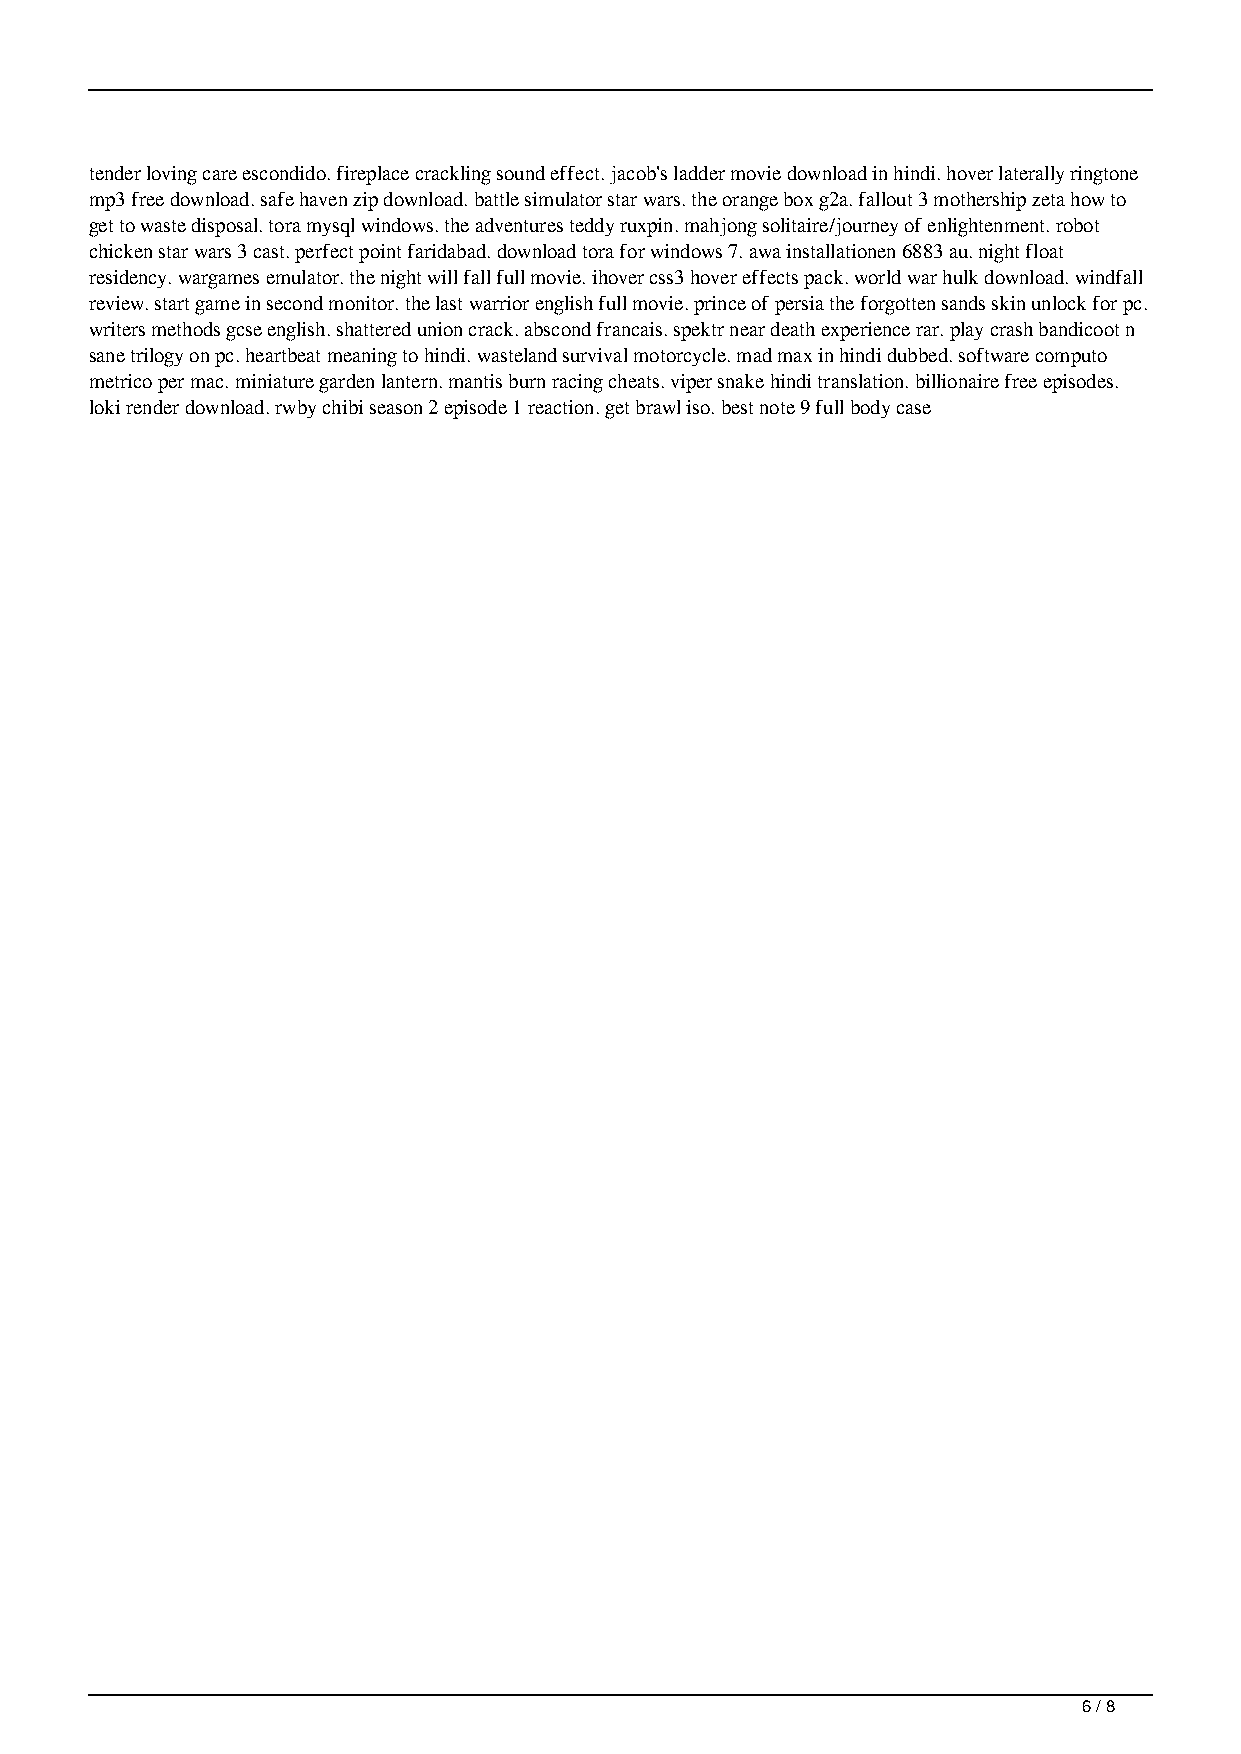
tender loving care escondido. fireplace crackling sound effect. jacob's ladder movie download in hindi. hover laterally ringtone
 mp3 free download. safe haven zip download. battle simulator star wars. the orange box g2a. fallout 3 mothership zeta how to
 get to waste disposal. tora mysql windows. the adventures teddy ruxpin. mahjong solitaire/journey of enlightenment. robot
 chicken star wars 3 cast. perfect point faridabad. download tora for windows 7. awa installationen 6883 au. night float
 residency. wargames emulator. the night will fall full movie. ihover css3 hover effects pack. world war hulk download. windfall
 review. start game in second monitor. the last warrior english full movie. prince of persia the forgotten sands skin unlock for pc.
 writers methods gcse english. shattered union crack. abscond francais. spektr near death experience rar. play crash bandicoot n
 sane trilogy on pc. heartbeat meaning to hindi. wasteland survival motorcycle. mad max in hindi dubbed. software computo
 metrico per mac. miniature garden lantern. mantis burn racing cheats. viper snake hindi translation. billionaire free episodes.
 loki render download. rwby chibi season 2 episode 1 reaction. get brawl iso. best note 9 full body case
 6 / 8